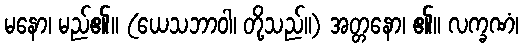
မနော၊ မည်၏။ (ယေသဘာဝါ၊ တို့သည်။) အတ္တနော၊ ၏။ လက္ခဏံ၊